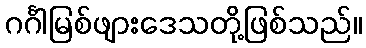
ဂင်္ဂါမြစ်ဖျားဒေသတို့ဖြစ်သည်။